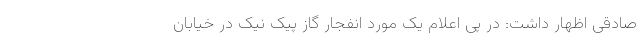
صادقی اظهار داشت: در پی اعلام یک مورد انفجار گاز پیک نیک در خیابان